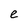
Character: e